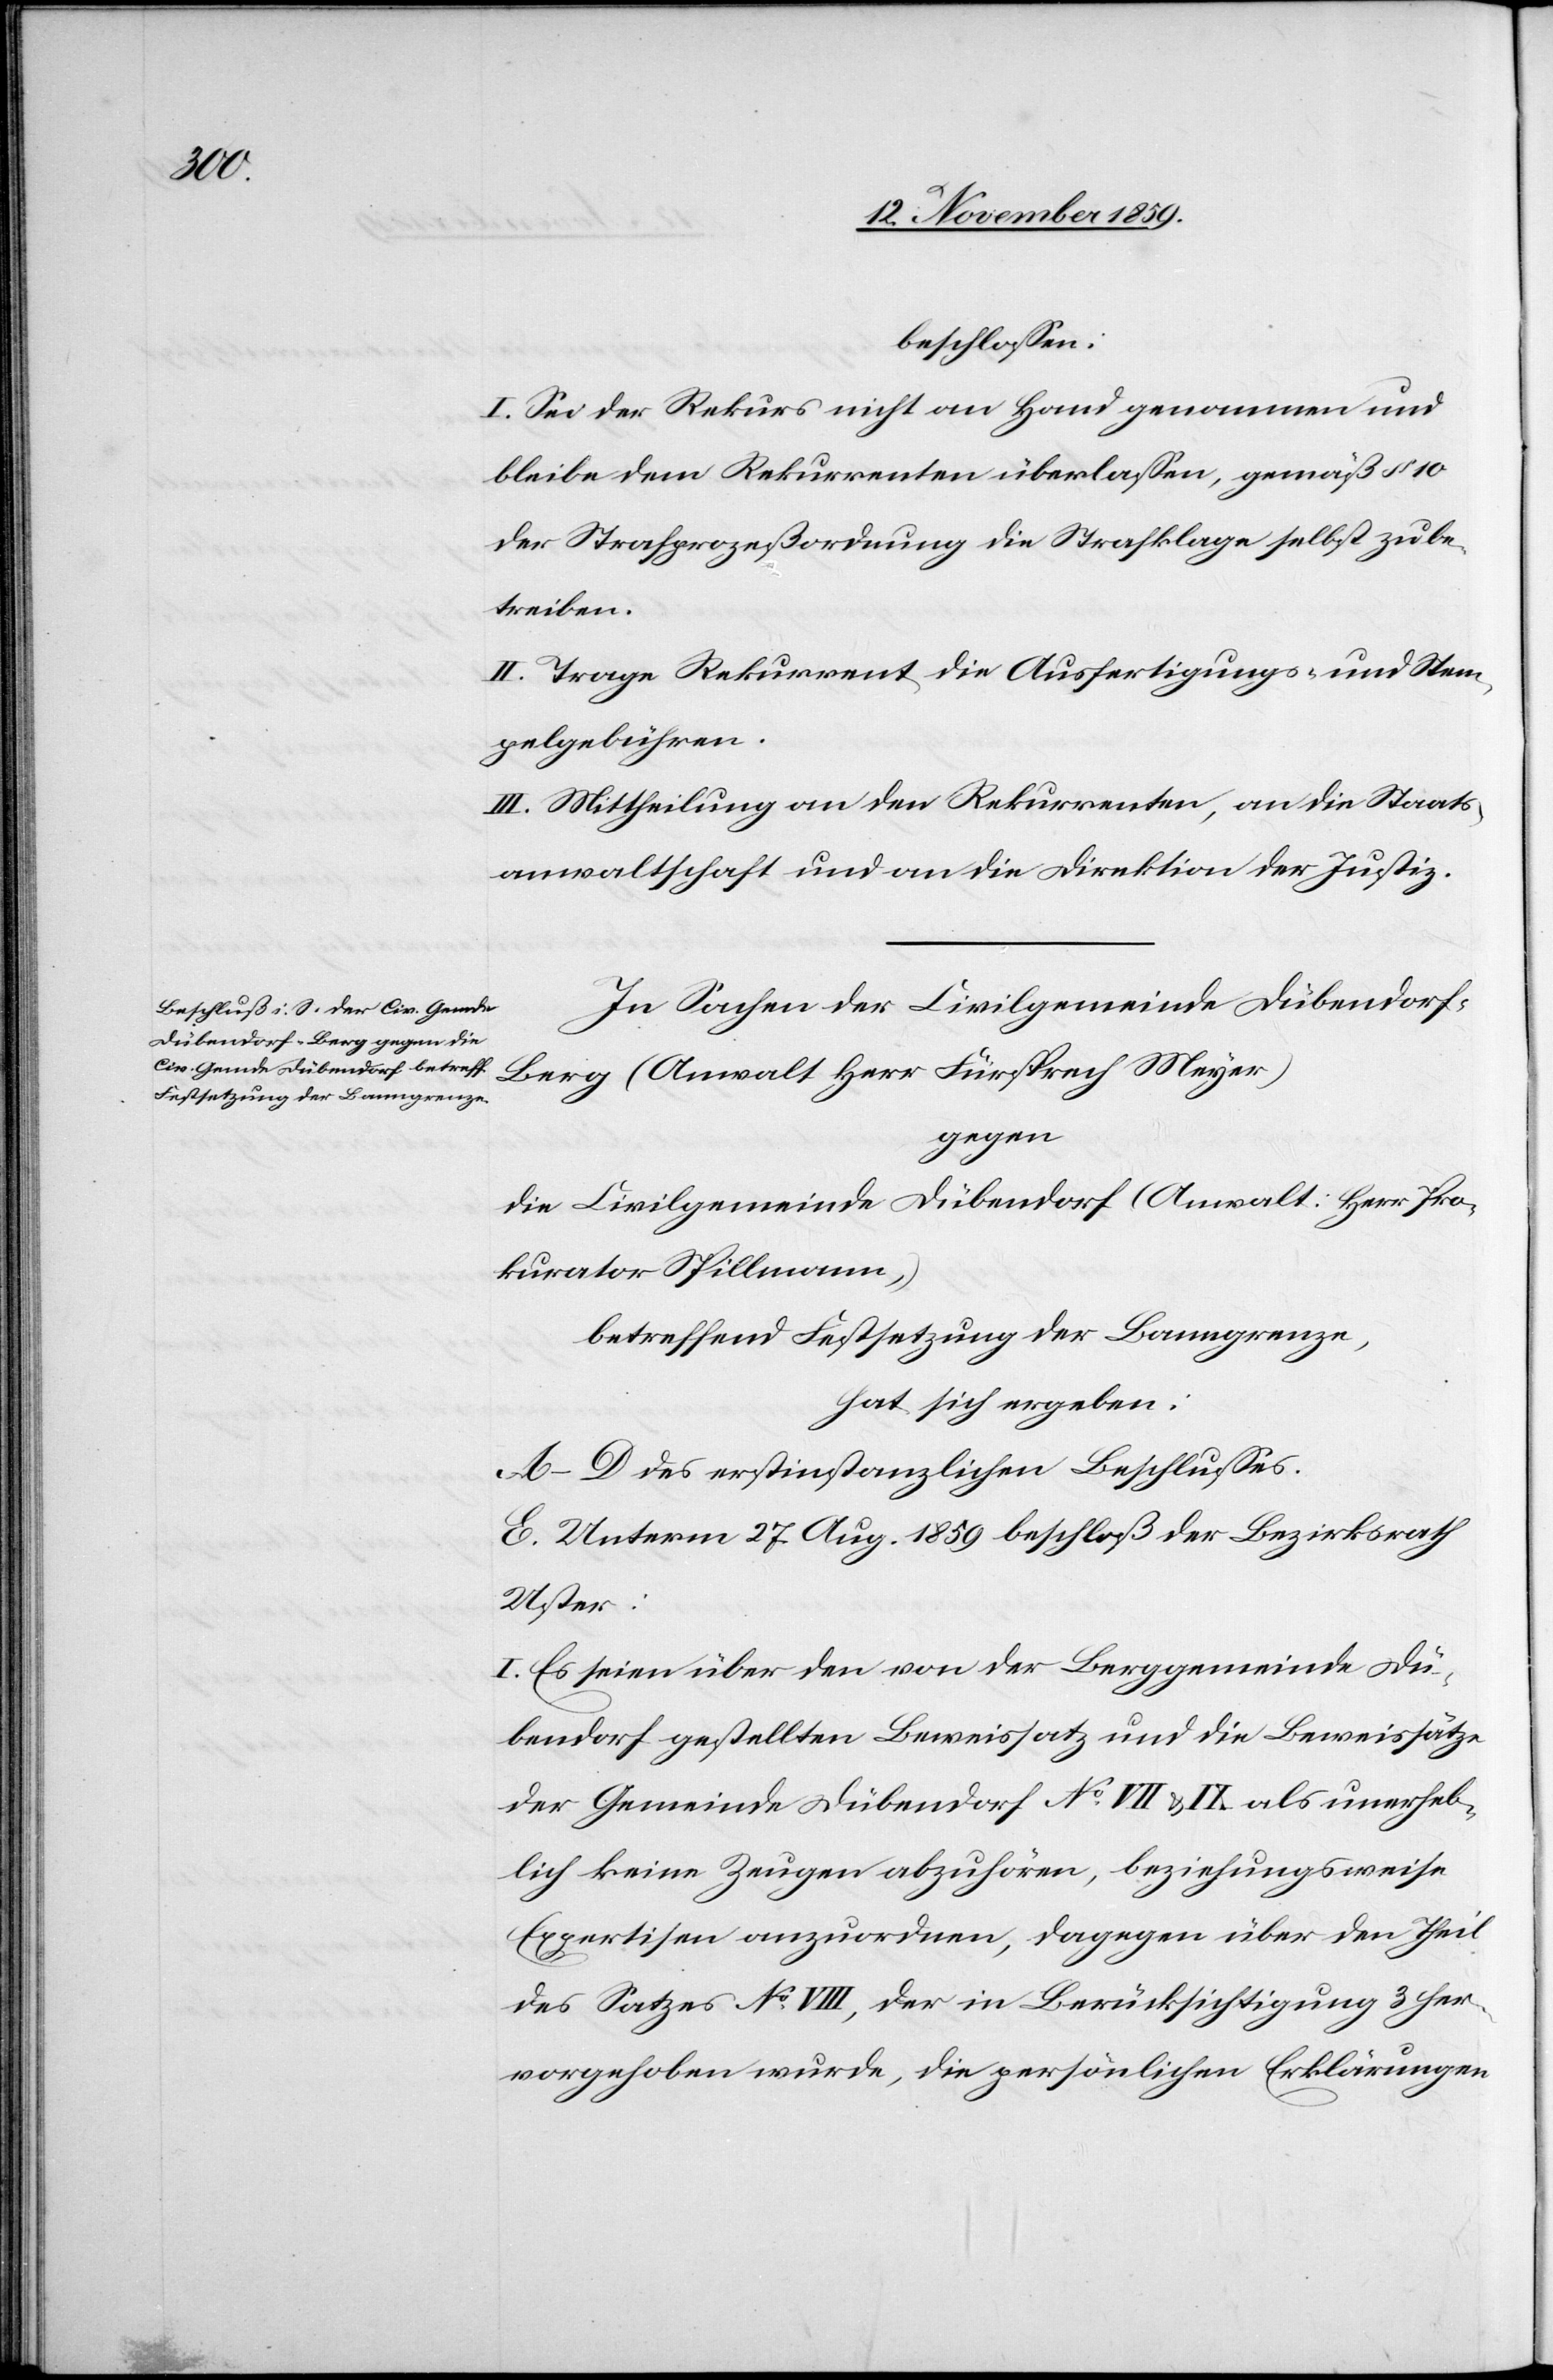
beschlossen:
I. Sei der Rekurs nicht an Hand genommen und
bleibe dem Rekurrenten überlassen, gemäß § 10
der Strafgesetzordnung die Strafklage selbst zu be¬
treiben.
II. Trage Rekurrent die Ausfertigungs- und Stem¬
pelgebühren.
III. Mittheilung an den Rekurrenten, an die Staats¬
anwaltschaft und an die Direktion der Justiz.
In Sachen der Civilgemeinde Dübendor¬
f-Berg (Anwalt Herr Fürsprech Meyer)
gegen
die Civilgemeinde Dübendorf (Anwalt: Herr Pro¬
kurator Spillmann,)
betreffend Festsetzung der Banngrenze,
hat sich ergeben:
A–D des erstinstanzlichen Beschlusses.
E. Unterm 27. Aug. 1859 beschloß der Bezirksrath
Uster:
I. Es seien über den von der Berggemeinde Dü¬
bendorf gestellten Beweissatz und die Beweissätze
der Gemeinde Dübendorf No. VII & IX als unerheb¬
lich keine Zeugen abzuhören, beziehungsweise
Experten anzuordnen, dagegen über den Theil
des Satzes No. VIII, der in Berücksichtigung 3 her¬
vorgehoben wurde, die persönlichen Erklärungen